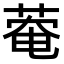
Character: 𫈬